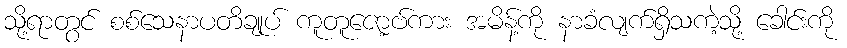
သို့ရာတွင် စစ်သေနာပတိချုပ် ကူတူဇော့ဗ်ကား အမိန့်ကို နာခံလျက်ရှိသကဲ့သို့ ခေါင်းကို